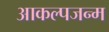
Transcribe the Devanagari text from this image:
आकल्पजन्म